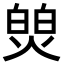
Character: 𬊻